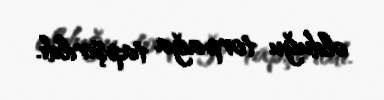
olduğu torpağa tapşırıldı.